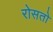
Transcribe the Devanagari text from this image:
रोसतो